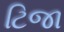
ટિજા